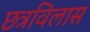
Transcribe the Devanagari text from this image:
छत्रविलास